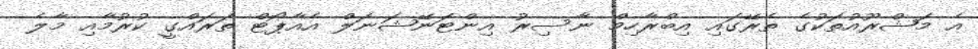
އެ މަޝްރޫއުތަކުގެ ތެރޭގައި އިބްރާހިމް ނާސިރު އިންޓަނޭޝަނަލް އެއާޕޯޓް ތަރައްގީ ކުރުމާއި މާލެ